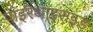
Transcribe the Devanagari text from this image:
पाइरेथाइराइड